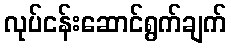
လုပ်ငန်းဆောင်ရွက်ချက်